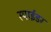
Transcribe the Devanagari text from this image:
स्पाईडर